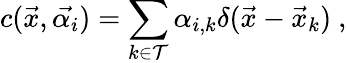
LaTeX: c(\vec{x},\vec{\alpha_{i}})=\sum_{k\in\mathcal{T}}\alpha_{i,k}\delta(\vec{x}-\vec{x}_{k})\ ,